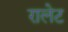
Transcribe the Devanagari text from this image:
रालेट